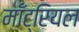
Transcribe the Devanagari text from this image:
माँट्रियल